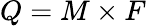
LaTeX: Q=M\times F